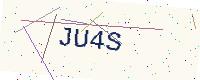
Text: JU4S